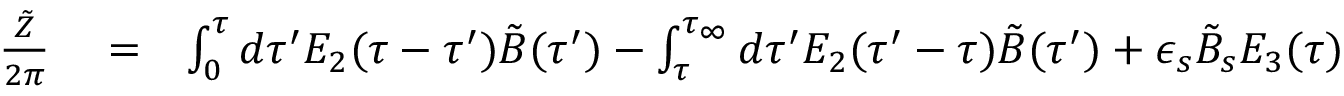
\begin{array} { r l r } { { \frac { \tilde { Z } } { 2 \pi } } } & { { } = } & { \int _ { 0 } ^ { \tau } d \tau ^ { \prime } E _ { 2 } ( \tau - \tau ^ { \prime } ) \tilde { B } ( \tau ^ { \prime } ) - \int _ { \tau } ^ { \tau _ { \infty } } d \tau ^ { \prime } E _ { 2 } ( \tau ^ { \prime } - \tau ) \tilde { B } ( \tau ^ { \prime } ) + \epsilon _ { s } \tilde { B } _ { s } E _ { 3 } ( \tau ) } \end{array}